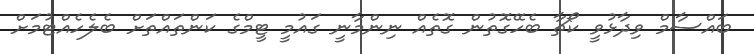
ބައްސާމް ވިދާޅުވީ ކޯޗާ ބެހޭގޮތުން ގޮތެއް ނިންމާނީ ގައުމީ ޓީމްގެ ކަންތައްތަށް ބެލެހެއްޓުމަށް